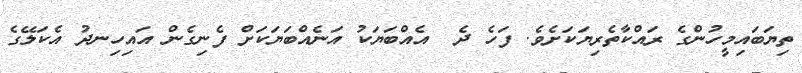
ތިޔަބައިމީހުންގެ ރައްކާތެރިޔަކަށެވެ. ފަހެ ދެ  އެއްބަޔަކު އަނެއްބަޔަކަށް ފެނިގެން އައިހިނދު އެކަލޭގެ